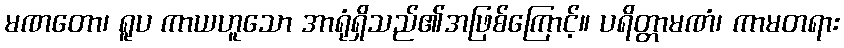
မဏတော၊ ရူပ ကာယဟူသော အာရုံရှိသည်၏အဖြစ်ကြောင့်။ ပရိတ္တာမဏံ၊ ကာမတရား